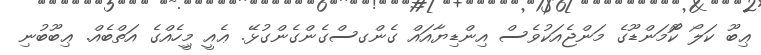
ޢިބޫ ކަލޯ ކޮޫމަންޑޫގެ މަންޖެއަކުވެސް އިންޑިޔާއައް ގެންގސްގެންގެންގުޅޭ. ޢެއީ މީިހެއްގެ އަތްބެއް. ޢިބޫބުނި